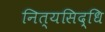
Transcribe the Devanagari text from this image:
नित्यसिद्धि